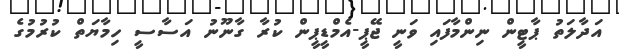
އަދާލަތު ޕާޓީން ނިންމާފައި ވަނީ ޖޭޕީ-އެމްޑީޕީން ކުރާ ގާނޫނު އަސާސީ ހިމާޔަތް ކުރުމުގެ